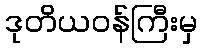
ဒုတိယဝန်ကြီးမှ